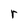
Character: r